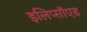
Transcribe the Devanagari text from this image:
इलिप्सॉएड